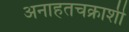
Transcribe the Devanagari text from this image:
अनाहतचक्राशी